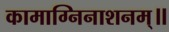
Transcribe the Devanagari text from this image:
कामाग्निनाशनम्॥